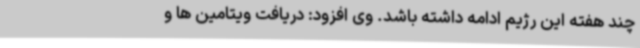
چند هفته این رژیم ادامه داشته باشد. وی افزود: دریافت ویتامین ها و